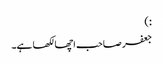
:)
جعفر صاحب اچھا لکھا ہے۔